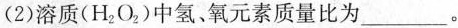
(2)溶质(H_{2}O_{2})中氢、氧元素质量比为___。